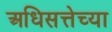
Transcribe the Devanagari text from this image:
अधिसत्तेच्या